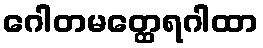
ဂေါတမတ္ထေရဂါထာ